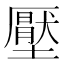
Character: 壓